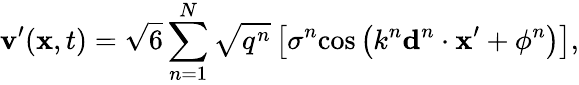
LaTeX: \mathbf{v}^{\prime}(\mathbf{x},t)=\sqrt{6}\sum_{n=1}^{N}\sqrt{q^{n}}\left[\mathbf{\sigma}^{n}\mathrm{cos}\left(k^{n}\mathbf{d}^{n}\cdot\mathbf{x}^{\prime}+\phi^{n}\right)\right],